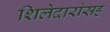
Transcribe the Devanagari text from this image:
शिलेदारांसह